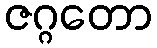
ဇဂ္ဂတော